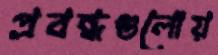
প্রবন্ধগুলোয়